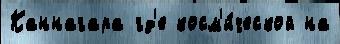
Каннагара гд'е косм'и́ческой на